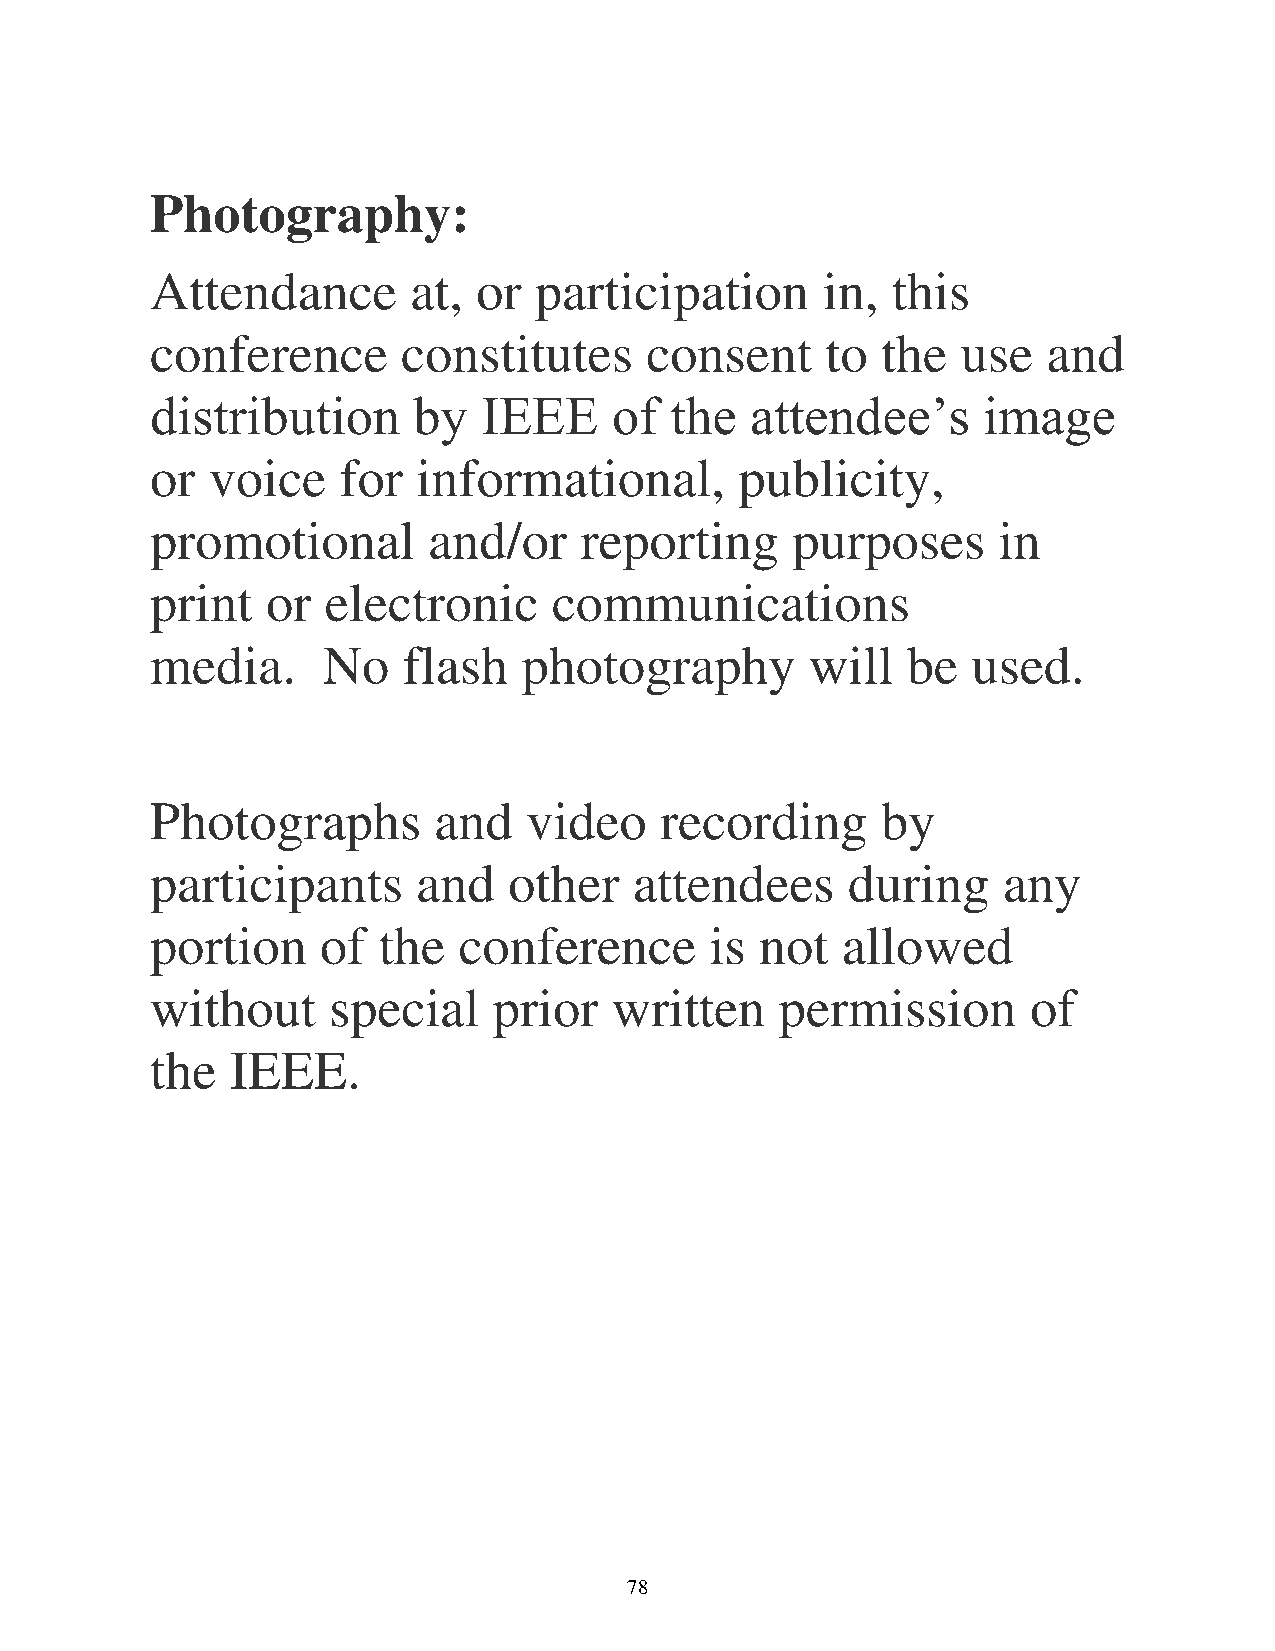
Photography:
 Attendance       at,  or participation      in,  this
 conference       constitutes     consent     to the   use  and
 distribution     by   IEEE     of the   attendee’s     image
 or  voice   for   informational,       publicity,
 promotional       and/or    reporting     purposes      in
 print   or  electronic     communications
 media.     No    flash   photography        will  be  used.
 Photographs        and   video    recording     by
 participants      and   other   attendees     during    any
 portion    of  the  conference       is not   allowed
 without     special    prior   written    permission      of
 the  IEEE.
 78